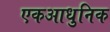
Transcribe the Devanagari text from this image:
एकआधुनिक